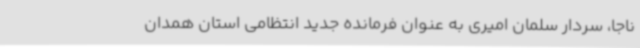
ناجا، سردار سلمان امیری به عنوان فرمانده جدید انتظامی استان همدان